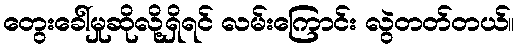
တွေးခေါ်မှုဆိုလို့ရှိရင် လမ်းကြောင်း လွဲတတ်တယ်။